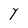
Character: Y